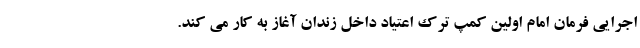
اجرایی فرمان امام اولین کمپ ترک اعتیاد داخل زندان آغاز به کار می کند.